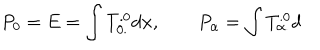
P _ { 0 } = E = \int T _ { 0 . } ^ { . 0 } d { \bf x } , \qquad P _ { \alpha } = \int T _ { \alpha . } ^ { . 0 } d